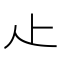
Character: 龰